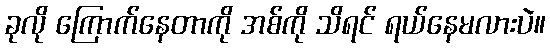
ခုလို ကြောက်နေတာကို အစ်ကို သိရင် ရယ်နေမလားပဲ။